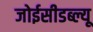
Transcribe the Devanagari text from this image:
जोईसीडब्ल्यू